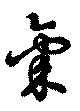
氣